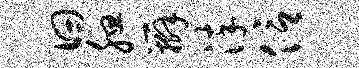
曰腮辫淬信